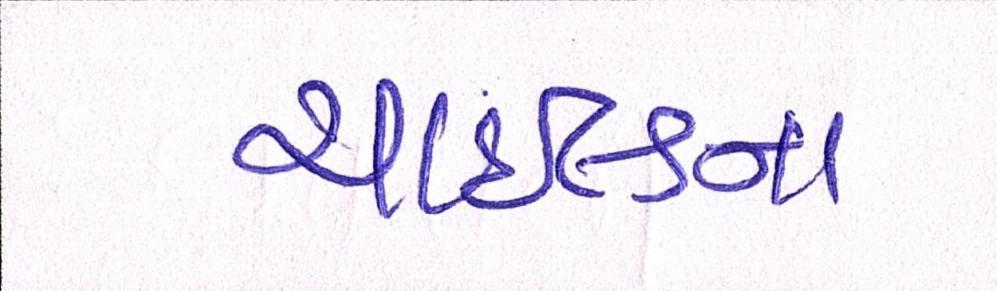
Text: ચાઇલ્ડના